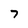
Character: 7